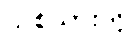
သစ်သားကို